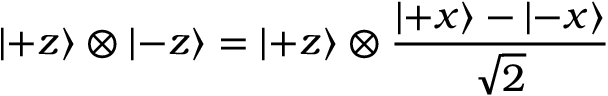
\left| + z \right\rangle \otimes \left| - z \right\rangle = \left| + z \right\rangle \otimes { \frac { \left| + x \right\rangle - \left| - x \right\rangle } { \sqrt { 2 } } }